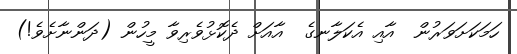
ހަމަކަށަވަރުން  އާއި އެކަލާނގެ  އާއަށް ދެކޮޅުވެރިވާ މީހުން (ދަންނާށެވެ!)